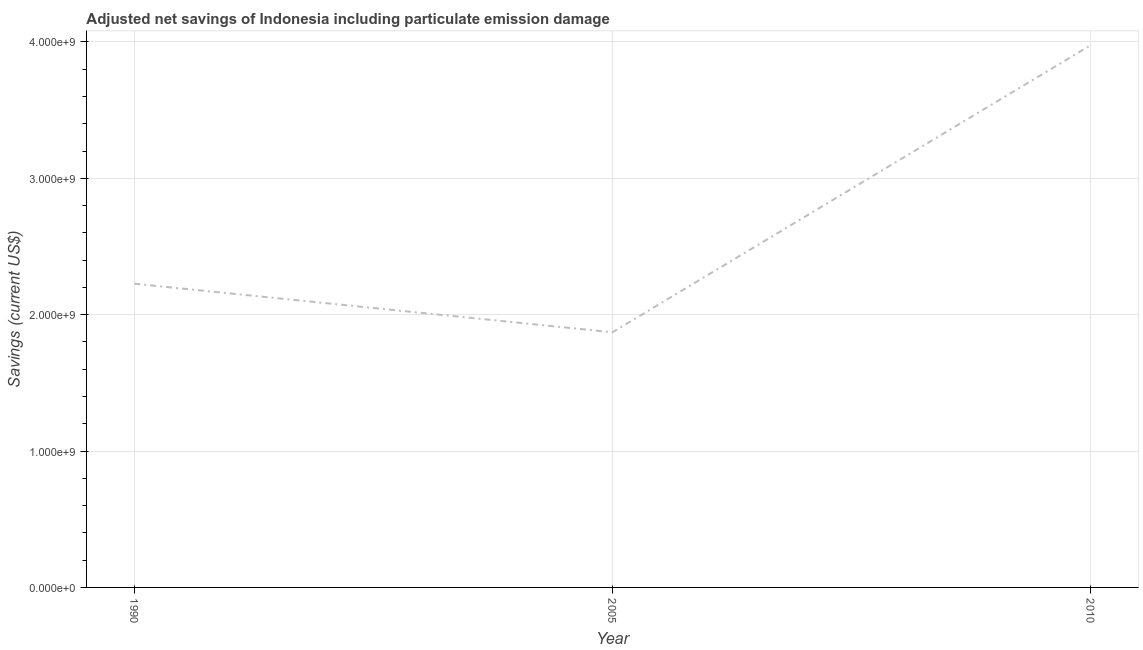
| Year | Adjusted savings: particulate emission damage (current US$) |
 | --- | --- |
 | 1990 | 2.23e+09 |
 | 2005 | 1.87e+09 |
 | 2010 | 3.98e+09 |